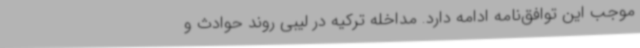
موجب این توافق‌نامه ادامه دارد. مداخله ترکیه در لیبی روند حوادث و